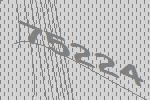
75224